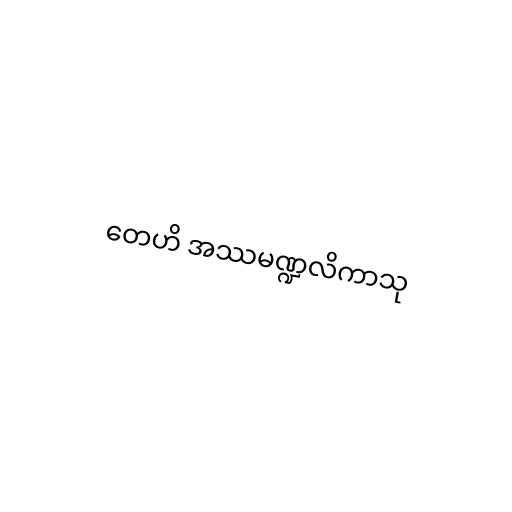
တေဟိ အဿမဏ္ဍလိကာသု